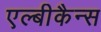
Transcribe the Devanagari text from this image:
एल्बीकैन्स